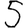
Digit: 5